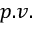
p . v .